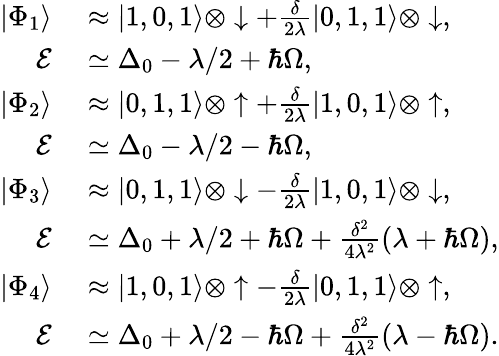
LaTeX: \begin{array}{rl}{|\Phi_{1}\rangle}&{{}\approx|1,0,1\rangle\otimes\downarrow+\frac{\delta}{2\lambda}|0,1,1\rangle\otimes\downarrow,\quad}\\ {\mathcal{E}}&{{}\simeq\Delta_{0}-\lambda/2+\hbar\Omega,}\\ {|\Phi_{2}\rangle}&{{}\approx|0,1,1\rangle\otimes\uparrow+\frac{\delta}{2\lambda}|1,0,1\rangle\otimes\uparrow,\quad}\\ {\mathcal{E}}&{{}\simeq\Delta_{0}-\lambda/2-\hbar\Omega,}\\ {|\Phi_{3}\rangle}&{{}\approx|0,1,1\rangle\otimes\downarrow-\frac{\delta}{2\lambda}|1,0,1\rangle\otimes\downarrow,\quad}\\ {\mathcal{E}}&{{}\simeq\Delta_{0}+\lambda/2+\hbar\Omega+\frac{\delta^{2}}{4\lambda^{2}}(\lambda+\hbar\Omega),}\\ {|\Phi_{4}\rangle}&{{}\approx|1,0,1\rangle\otimes\uparrow-\frac{\delta}{2\lambda}|0,1,1\rangle\otimes\uparrow,\quad}\\ {\mathcal{E}}&{{}\simeq\Delta_{0}+\lambda/2-\hbar\Omega+\frac{\delta^{2}}{4\lambda^{2}}(\lambda-\hbar\Omega).}\end{array}